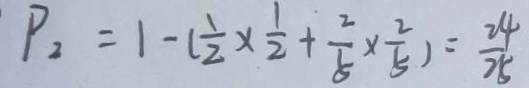
P _ { 2 } = 1 - ( \frac { 1 } { 2 } \times \frac { 1 } { 2 } + \frac { 2 } { 5 } \times \frac { 2 } { 5 } ) = \frac { 2 4 } { 2 5 }